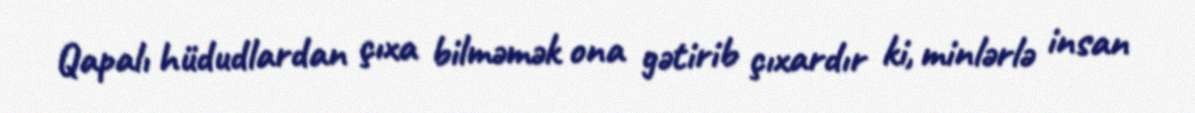
Qapalı hüdudlardan çıxa bilməmək ona gətirib çıxardır ki, minlərlə insan